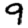
Digit: 9